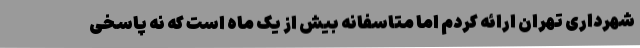
شهرداری تهران ارائه کردم اما متاسفانه بیش از یک ماه است که نه پاسخی